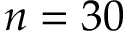
n = 3 0